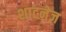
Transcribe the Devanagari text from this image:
शाटनेज़